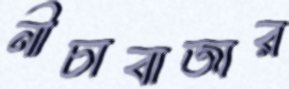
নীচাবাজার